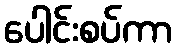
ပေါင်းစပ်ကာ